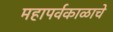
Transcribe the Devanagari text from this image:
महापर्वकाळाचे